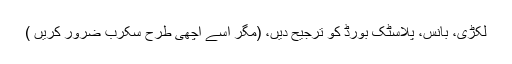
لکڑی، بانس، پلاسٹک بورڈ کو ترجیح دیں، (مگر اسے اچھی طرح سکرب ضرور کریں )